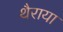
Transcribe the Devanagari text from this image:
थैराया